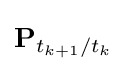
\mathbf {P} _{t_{k+1}/t_{k}}